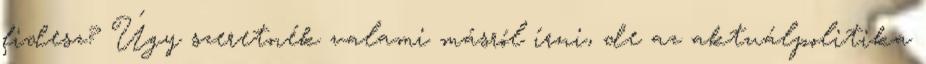
fidesz? Úgy szeretnék valami másról írni, de az aktuálpolitika